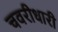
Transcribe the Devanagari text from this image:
चवरीधारी